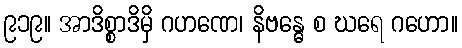
၉၁၉။ အာဒိစ္စာဒိမှိ ဂဟဏေ၊ နိဗန္ဓေ စ ဃရေ ဂဟော။